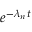
e ^ { - \lambda _ { n } t }